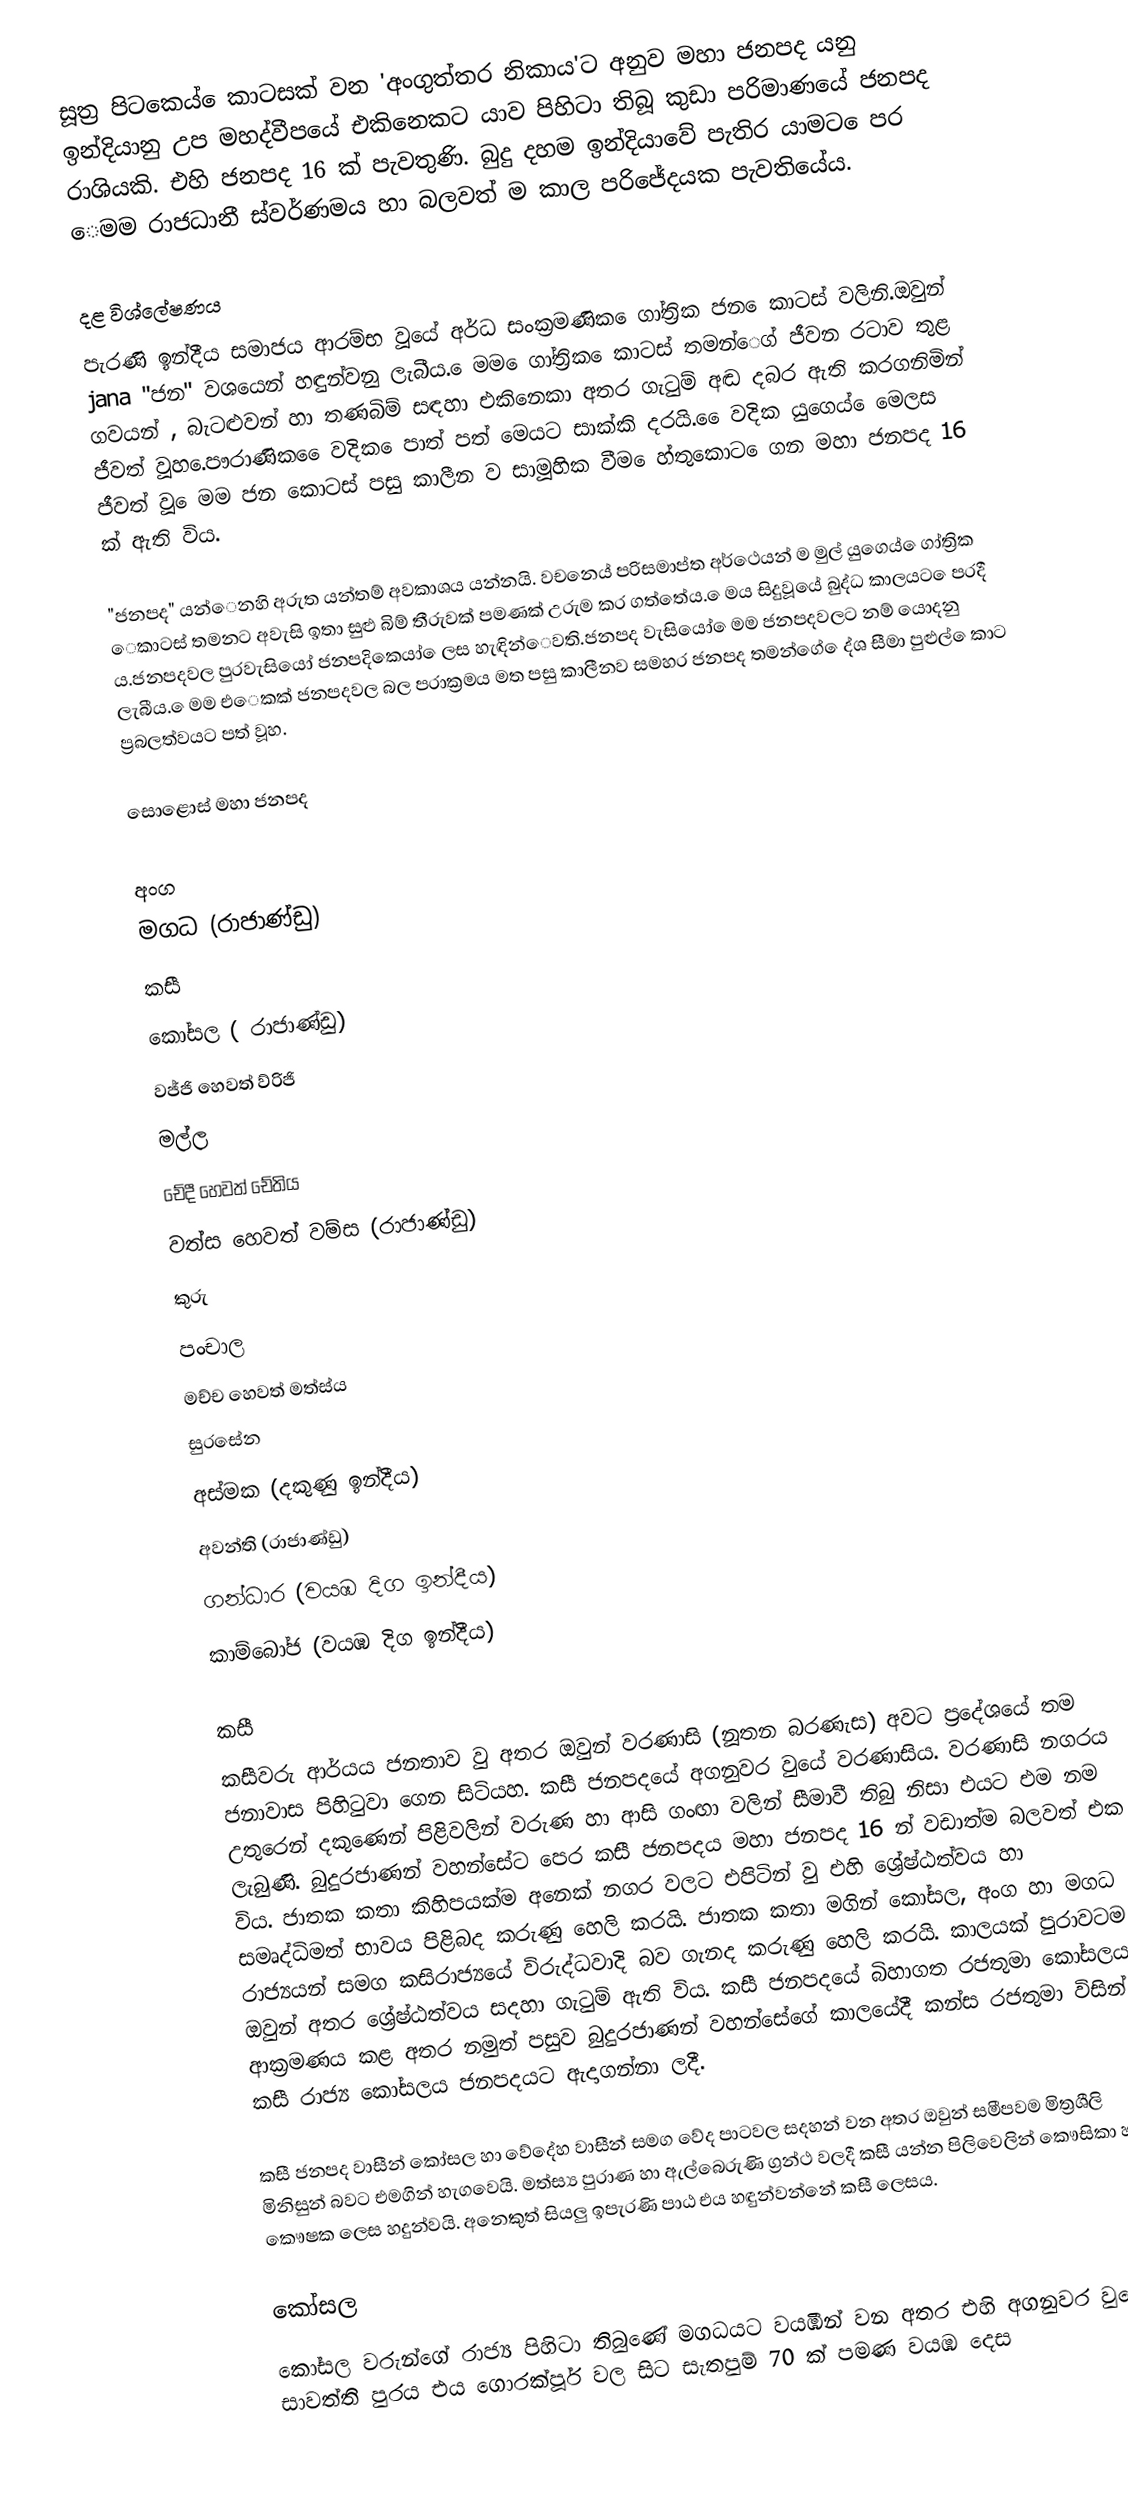
සූත්‍ර පිටකෙය් ෙකාටසක් වන 'අංගුත්තර නිකාය'ට අනුව මහා ජනපද යනු ඉන්දියානු උප මහද්වීපයේ එකිනෙකට යාව පිහිටා තිබූ කුඩා පරිමාණයේ ජනපද රාශියකි. එහි ජනපද 16 ක් පැවතුණි. බුදු දහම ඉන්දියාවේ පැතිර යාමට ෙපර ෙමම රාජධානී ස්වර්ණමය හා බලවත් ම කාල පරිජේදයක පැවතියේය.

දළ විශ්ලේෂණය
පැරණි ඉන්දීය සමාජය ආරම්භ වූයේ අර්ධ සංක්‍රමණික ෙගා්ත්‍රික ජන ෙකාටස්  වලිනි.ඔවුන්  jana "ජන" වශයෙන් හඳුන්වනු ලැබීය.  ෙමම  ෙගා්ත්‍රික ෙකාටස් තමන්ෙග් ජීවන රටාව තුළ ගවයන් , බැටළුවන් හා තණබිම් සඳහා එකිනෙකා අතර ගැටුම් අඬ දබර ඇති කරගනිමින් ජීවත් වූහ.ෙපෟරාණික  ෙෙවදික ෙපාත් පත් මෙයට සාක්කි දරයි. ෙෙවදික යුගෙය් ෙමෙලස ජීවත් වූ  ෙමම  ජන කොටස් පසු කාලීන ව සාමූහික වීම ෙහ්තුකොට ෙගන මහා ජනපද 16 ක් ඇති විය.

"ජනපද" යන්ෙනහි අරුත යන්තම් අවකාශය යන්නයි. වචනෙය් පරිසමාප්ත අර්ථෙයන් ම මුල් යුගෙය් ෙගා්ත්‍රික  ෙකාටස්  තමනට අවැසි ඉතා සුළු බිම් තීරුවක් පමණක් උරුම කර ගත්තේය. ෙමය සිදුවූයේ බුද්ධ කාලයට ෙපරදී ය.ජනපදවල පුරවැසියෝ ජනපදිකෙයා් ෙලස හැඳින්ෙවති.ජනපද වැසියෝ  ෙමම ජනපදවලට නම් යොදනු ලැබීය. ෙමම එෙකක්  ජනපදවල  බල පරාක්‍රමය මත පසු කාලීනව  සමහර ජනපද තමන්ගේ ෙද්ශ සීමා පුළුල් ෙකාට ප්‍රබලත්වයට පත් වූහ.

සොළොස් මහා ජනපද

 අංග
 මගධ (රාජාණ්ඩු)
 කසී
 කෝසල ( රාජාණ්ඩු)
 වජ්ජි හෙවත් ව්රිජි
 මල්ල
 චේදී හෙවත් චේතිය
 වත්ස හෙවත් වම්ස (රාජාණ්ඩු)
 කුරු
 පංචාල
 මච්ච හෙවත් මත්ස්ය
 සුරසේන
 අස්මක (දකුණු ඉන්දීය)
 අවන්ති (රාජාණ්ඩු)
 ගන්ධාර (වයඹ දිග ඉන්දීය)
 කාම්බෝජ (වයඹ දිග ඉන්දීය)

කසී
කසීවරු ආර්යය ජනතාව වු අතර ඔවුන් වරණාසි (නූතන බරණැස) අවට ප්‍රදේශයේ තම ජනාවාස පිහිටුවා ගෙන සිටියහ. කසී ජනපදයේ අගනුවර වුයේ වරණාසිය. වරණාසි නගරය උතුරෙන් දකුණෙන් පිළිවලින් වරුණ හා ආසි ගංඟා වලින් සීමා‍වී තිබු නිසා එයට එම නම ලැබුණි. බුදුරජාණන් වහන්සේට පෙර කසී ජනපදය මහා ජනපද 16 න් වඩාත්ම බලවත් එක විය. ජාතක කතා කිහිපයක්ම අනෙක් නගර වලට එපිටින් වු එහි ශ්‍රේෂ්ඨත්වය හා සමෘද්ධිමත් භාවය පිළිබද කරුණු හෙලි කරයි. ජාතක කතා මගින් කෝසල, අංග හා මගධ රාජ්‍යයන් සමග කසිරාජ්‍යයේ විරුද්ධවාදි බව ගැනද කරුණු හෙලි කරයි. කාලයක් පුරාවටම ඔවුන් අතර ශ්‍රේෂ්ඨත්වය සදහා ගැටුම් ඇති විය. කසී ජනපදයේ බිහාගත රජතුමා කෝසලය ආක්‍රමණය කළ අතර නමුත් පසුව බුදුරජාණන් වහන්සේගේ කාලයේදී කන්ස රජතුමා විසින් කසී රාජ්‍ය කෝසලය ජනපදයට ඇදාගන්නා ලදී.

කසී ජනපද වාසීන් කෝසල හා වේදේහ වාසීන් සමග වේද පාටවල සදහන් වන අතර ඔවුන් සමීපවම මිත්‍රශීලි මිනිසුන් බවට එමගින් හැගවෙයි. මත්ස්‍ය පුරාණ හා ඇල්බෙරුණි ග්‍රන්ථ වලදී  කසී යන්න පිලිවෙලින් කෞසිකා හා කෞෂක ලෙස හදුන්වයි. අනෙකුත් සියලු ඉපැරණි පාඨ එය හඳුන්වන්නේ කසී ලෙසය.

කෝසල
කෝසල වරුන්ගේ රාජ්‍ය පිහිටා තිබුණේ මගධයට වයඹින් වන අතර එහි අගනුවර වුයේ සාවත්ති පුරය එය ගොරක්පූර් වල සිට සැතපුම් 70 ක් පමණ වයඹ දෙස